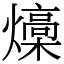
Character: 燺